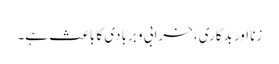
زنا اور بدکاری، خرابی و بربادی کا باعث ہے۔